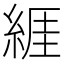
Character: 𦁩